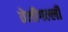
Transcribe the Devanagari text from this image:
तेलीगल्ली